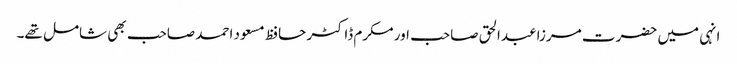
انہی میں حضرت مرزا عبدالحق صاحب اور مکرم ڈاکٹر حافظ مسعود احمد صاحب بھی شامل تھے۔